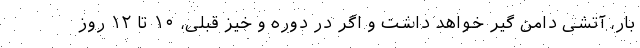
بار، آتشی دامن گیر خواهد داشت و اگر در دوره و خیز قبلی، ۱۰ تا ۱۲ روز